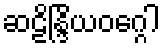
ဆဠိန္ဒြိယဝဂ္ဂေါ